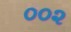
૦૦૨